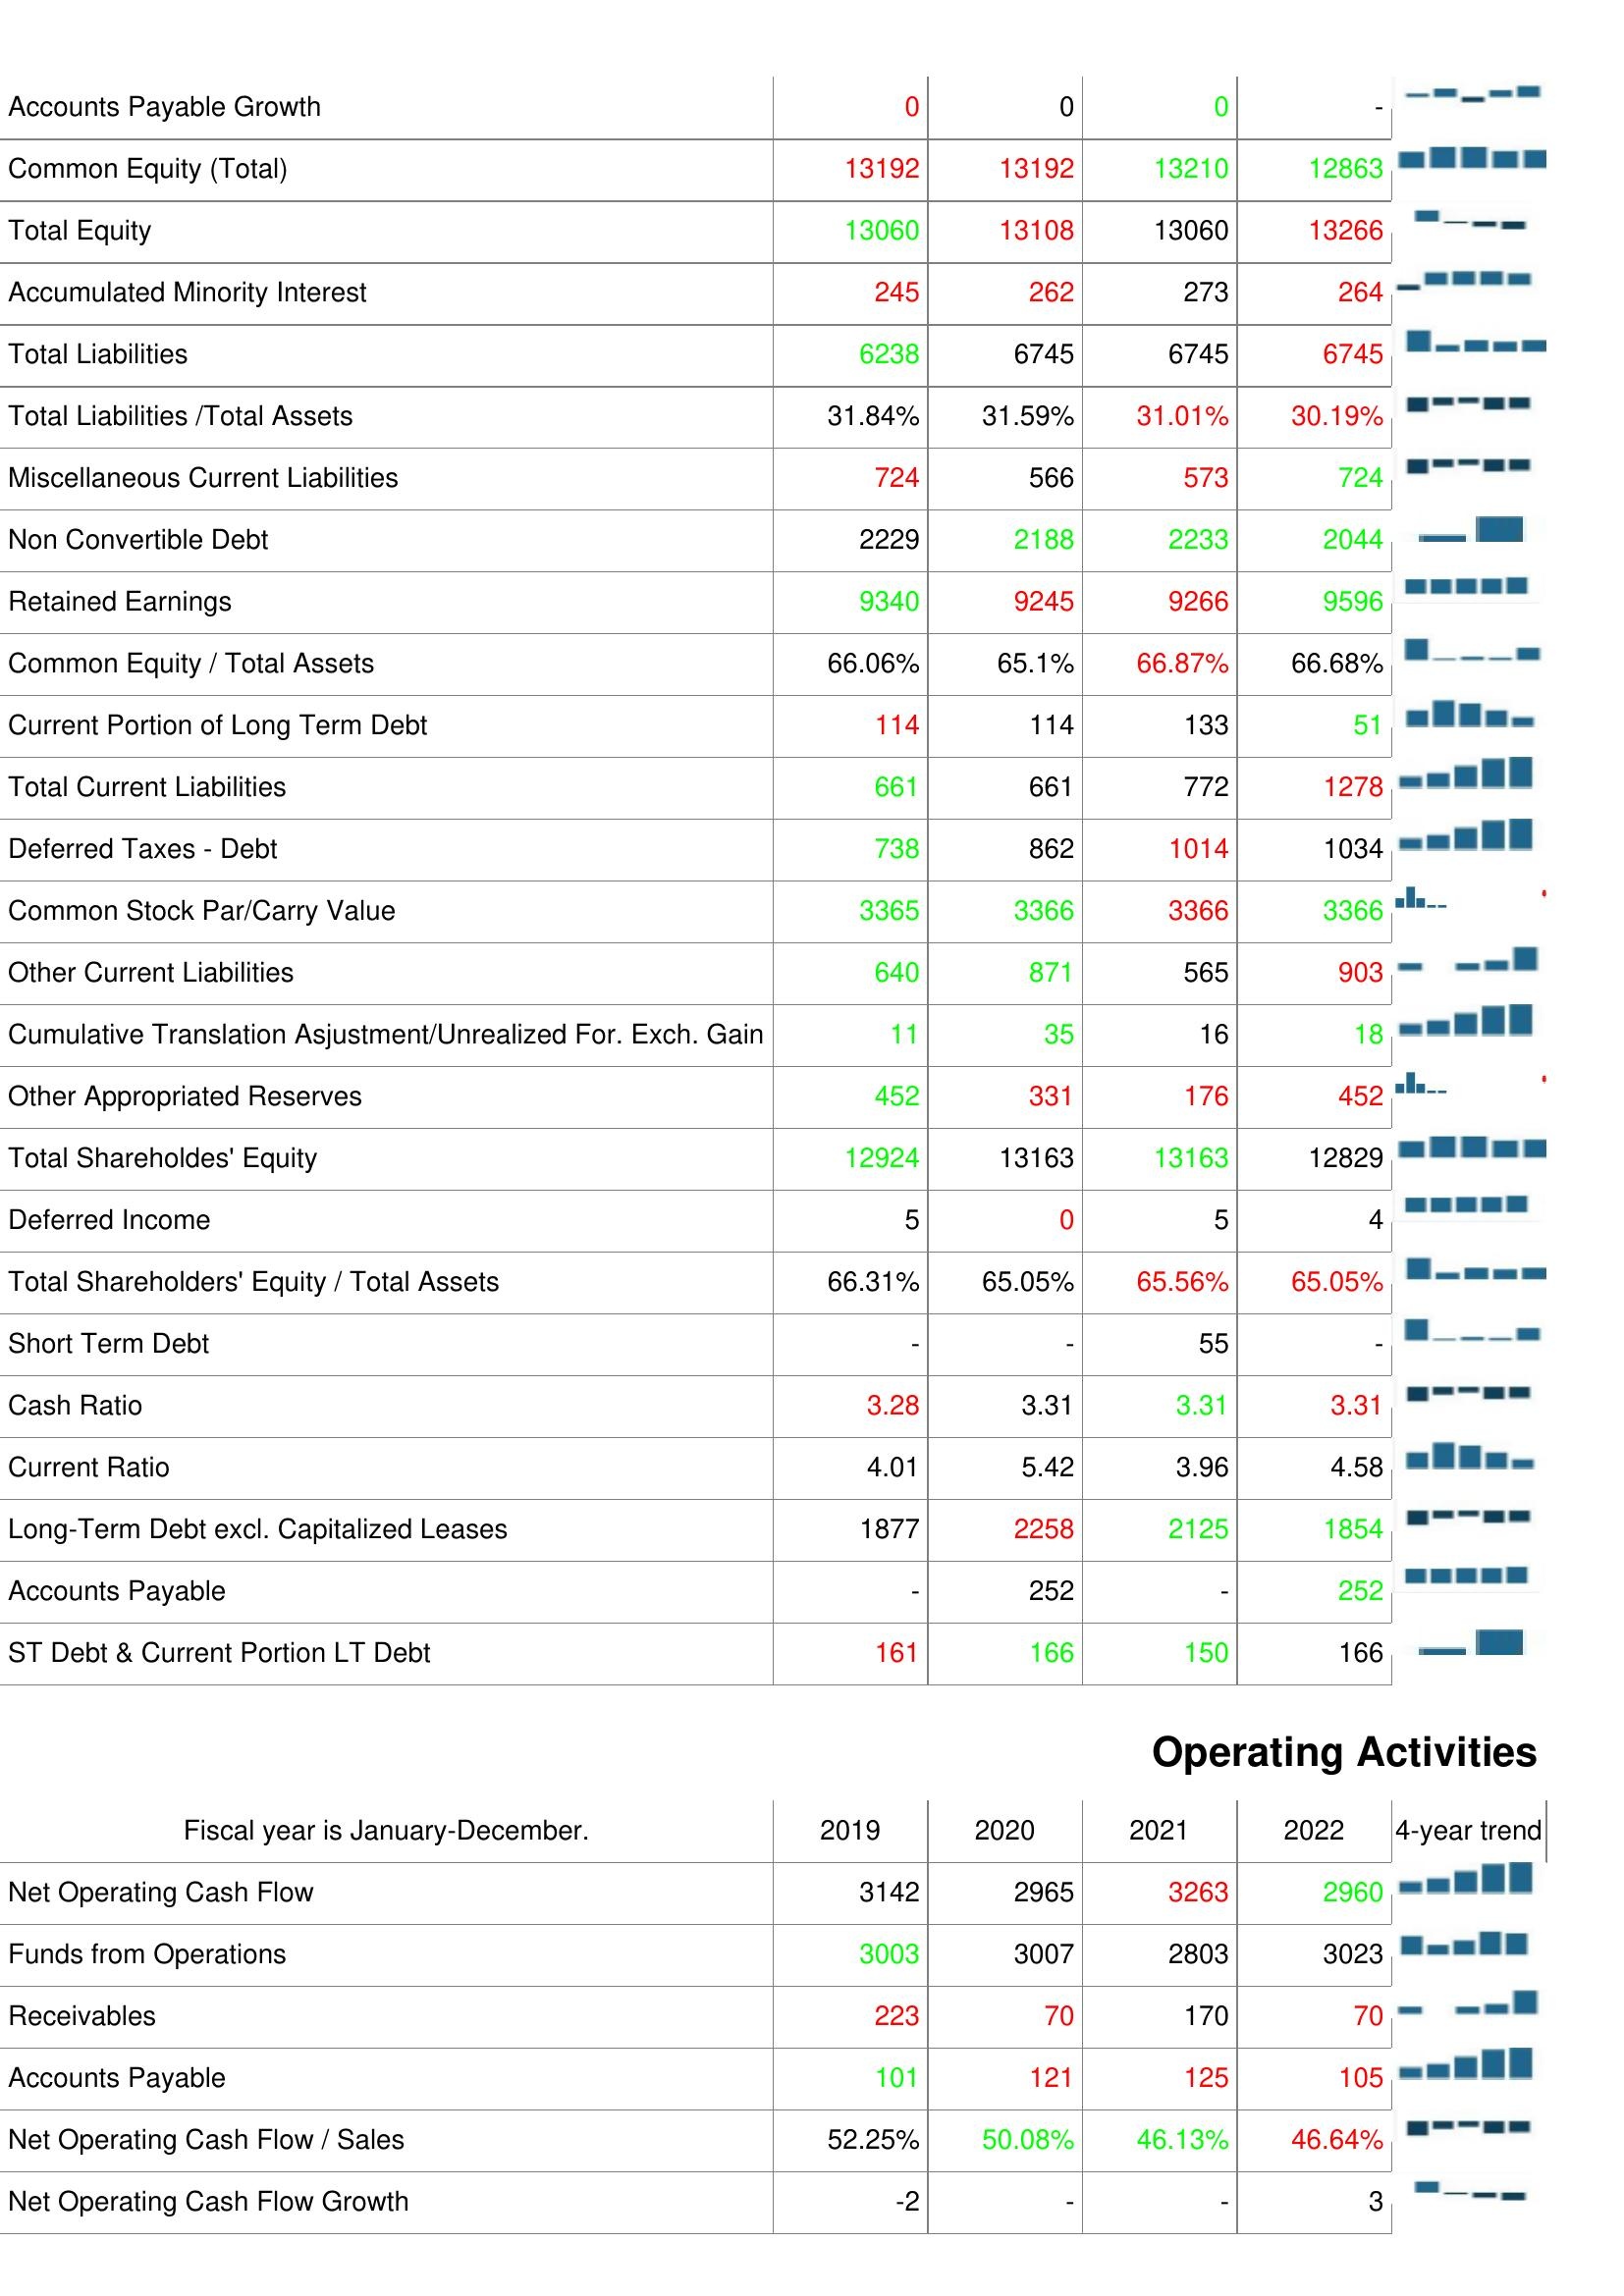
2019: Liabilities & Shareholder's Equity: Accounts Payable Growth: 0
Common Equity (Total): 13192
Total Equity: 13060
Accumulated Minority Interest: 245
Total Liabilities: 6238
Total Liabilities /Total Assets: 31.84%
Miscellaneous Current Liabilities: 724
Non Convertible Debt: 2229
Retained Earnings: 9340
Common Equity / Total Assets: 66.06%
Current Portion of Long Term Debt: 114
Total Current Liabilities: 661
Deferred Taxes - Debt: 738
Common Stock Par/Carry Value: 3365
Other Current Liabilities: 640
Cumulative Translation Asjustment/Unrealized For. Exch. Gain: 11
Other Appropriated Reserves: 452
Total Shareholdes' Equity: 12924
Deferred Income: 5
Total Shareholders' Equity / Total Assets: 66.31%
Short Term Debt: -
Cash Ratio: 3.28
Current Ratio: 4.01
Long-Term Debt excl. Capitalized Leases: 1877
Accounts Payable: -
ST Debt & Current Portion LT Debt: 161
Operating Activities: Net Operating Cash Flow: 3142
Funds from Operations: 3003
Receivables: 223
Accounts Payable: 101
Net Operating Cash Flow / Sales: 52.25%
Net Operating Cash Flow Growth: -2
2020: Liabilities & Shareholder's Equity: Accounts Payable Growth: 0
Common Equity (Total): 13192
Total Equity: 13108
Accumulated Minority Interest: 262
Total Liabilities: 6745
Total Liabilities /Total Assets: 31.59%
Miscellaneous Current Liabilities: 566
Non Convertible Debt: 2188
Retained Earnings: 9245
Common Equity / Total Assets: 65.1%
Current Portion of Long Term Debt: 114
Total Current Liabilities: 661
Deferred Taxes - Debt: 862
Common Stock Par/Carry Value: 3366
Other Current Liabilities: 871
Cumulative Translation Asjustment/Unrealized For. Exch. Gain: 35
Other Appropriated Reserves: 331
Total Shareholdes' Equity: 13163
Deferred Income: 0
Total Shareholders' Equity / Total Assets: 65.05%
Short Term Debt: -
Cash Ratio: 3.31
Current Ratio: 5.42
Long-Term Debt excl. Capitalized Leases: 2258
Accounts Payable: 252
ST Debt & Current Portion LT Debt: 166
Operating Activities: Net Operating Cash Flow: 2965
Funds from Operations: 3007
Receivables: 70
Accounts Payable: 121
Net Operating Cash Flow / Sales: 50.08%
Net Operating Cash Flow Growth: -
2021: Liabilities & Shareholder's Equity: Accounts Payable Growth: 0
Common Equity (Total): 13210
Total Equity: 13060
Accumulated Minority Interest: 273
Total Liabilities: 6745
Total Liabilities /Total Assets: 31.01%
Miscellaneous Current Liabilities: 573
Non Convertible Debt: 2233
Retained Earnings: 9266
Common Equity / Total Assets: 66.87%
Current Portion of Long Term Debt: 133
Total Current Liabilities: 772
Deferred Taxes - Debt: 1014
Common Stock Par/Carry Value: 3366
Other Current Liabilities: 565
Cumulative Translation Asjustment/Unrealized For. Exch. Gain: 16
Other Appropriated Reserves: 176
Total Shareholdes' Equity: 13163
Deferred Income: 5
Total Shareholders' Equity / Total Assets: 65.56%
Short Term Debt: 55
Cash Ratio: 3.31
Current Ratio: 3.96
Long-Term Debt excl. Capitalized Leases: 2125
Accounts Payable: -
ST Debt & Current Portion LT Debt: 150
Operating Activities: Net Operating Cash Flow: 3263
Funds from Operations: 2803
Receivables: 170
Accounts Payable: 125
Net Operating Cash Flow / Sales: 46.13%
Net Operating Cash Flow Growth: -
2022: Liabilities & Shareholder's Equity: Accounts Payable Growth: -
Common Equity (Total): 12863
Total Equity: 13266
Accumulated Minority Interest: 264
Total Liabilities: 6745
Total Liabilities /Total Assets: 30.19%
Miscellaneous Current Liabilities: 724
Non Convertible Debt: 2044
Retained Earnings: 9596
Common Equity / Total Assets: 66.68%
Current Portion of Long Term Debt: 51
Total Current Liabilities: 1278
Deferred Taxes - Debt: 1034
Common Stock Par/Carry Value: 3366
Other Current Liabilities: 903
Cumulative Translation Asjustment/Unrealized For. Exch. Gain: 18
Other Appropriated Reserves: 452
Total Shareholdes' Equity: 12829
Deferred Income: 4
Total Shareholders' Equity / Total Assets: 65.05%
Short Term Debt: -
Cash Ratio: 3.31
Current Ratio: 4.58
Long-Term Debt excl. Capitalized Leases: 1854
Accounts Payable: 252
ST Debt & Current Portion LT Debt: 166
Operating Activities: Net Operating Cash Flow: 2960
Funds from Operations: 3023
Receivables: 70
Accounts Payable: 105
Net Operating Cash Flow / Sales: 46.64%
Net Operating Cash Flow Growth: 3